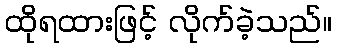
ထိုရထားဖြင့် လိုက်ခဲ့သည်။